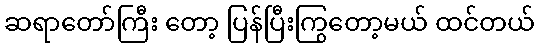
ဆရာတော်ကြီး တော့ ပြန်ပြီးကြွတော့မယ် ထင်တယ်